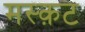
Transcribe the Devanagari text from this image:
मस्क़ट